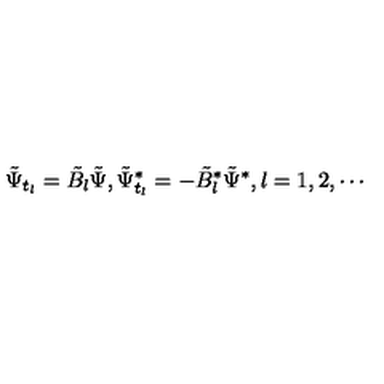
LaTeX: \tilde { \Psi } _ { t _ { l } } = \tilde { B } _ { l } \tilde { \Psi } , \tilde { \Psi } _ { t _ { l } } ^ { * } = - \tilde { B } _ { l } ^ { * } \tilde { \Psi } ^ { * } , l = 1 , 2 , \cdots